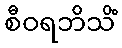
စီဝရဘိသိံ